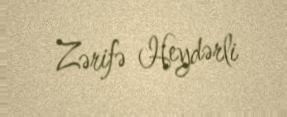
Zərifə Heydərli